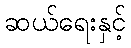
ဆယ်ရေးနှင့်